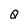
Character: Q